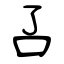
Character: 叾